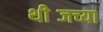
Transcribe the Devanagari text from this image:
थीब्जच्या